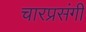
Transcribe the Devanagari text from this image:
चारप्रसंगी